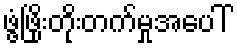
ဖွံ့ဖြိုးတိုးတက်မှုအပေါ်